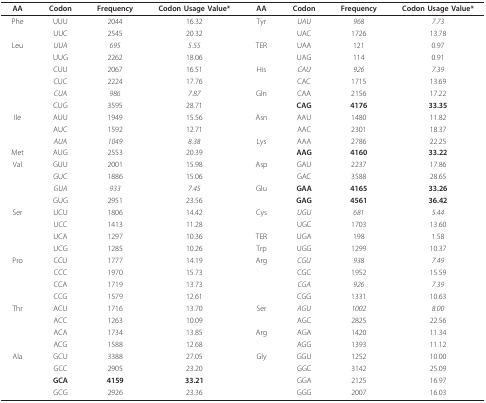
<table><thead><tr><td><b>AA</b></td><td><b>Codon</b></td><td><b>Frequency</b></td><td><b>Codon Usage Value*</b></td><td><b>AA</b></td><td><b>Codon</b></td><td><b>Frequency</b></td><td><b>Codon Usage Value*</b></td></tr></thead><tbody><tr><td>Phe</td><td>UUU</td><td>2044</td><td>16.32</td><td>Tyr</td><td><i>UAU</i></td><td><i>968</i></td><td><i>7.73</i></td></tr><tr><td></td><td>UUC</td><td>2545</td><td>20.32</td><td></td><td>UAC</td><td>1726</td><td>13.78</td></tr><tr><td>Leu</td><td><i>UUA</i></td><td><i>695</i></td><td><i>5.55</i></td><td>TER</td><td>UAA</td><td>121</td><td>0.97</td></tr><tr><td></td><td>UUG</td><td>2262</td><td>18.06</td><td></td><td>UAG</td><td>114</td><td>0.91</td></tr><tr><td></td><td>CUU</td><td>2067</td><td>16.51</td><td>His</td><td><i>CAU</i></td><td><i>926</i></td><td><i>7.39</i></td></tr><tr><td></td><td>CUC</td><td>2224</td><td>17.76</td><td></td><td>CAC</td><td>1715</td><td>13.69</td></tr><tr><td></td><td><i>CUA</i></td><td><i>986</i></td><td><i>7.87</i></td><td>Gln</td><td>CAA</td><td>2156</td><td>17.22</td></tr><tr><td></td><td>CUG</td><td>3595</td><td>28.71</td><td></td><td><b>CAG</b></td><td><b>4176</b></td><td><b>33.35</b></td></tr><tr><td>Ile</td><td>AUU</td><td>1949</td><td>15.56</td><td>Asn</td><td>AAU</td><td>1480</td><td>11.82</td></tr><tr><td></td><td>AUC</td><td>1592</td><td>12.71</td><td></td><td>AAC</td><td>2301</td><td>18.37</td></tr><tr><td></td><td><i>AUA</i></td><td><i>1049</i></td><td><i>8.38</i></td><td>Lys</td><td>AAA</td><td>2786</td><td>22.25</td></tr><tr><td>Met</td><td>AUG</td><td>2553</td><td>20.39</td><td></td><td><b>AAG</b></td><td><b>4160</b></td><td><b>33.22</b></td></tr><tr><td>Val</td><td>GUU</td><td>2001</td><td>15.98</td><td>Asp</td><td>GAU</td><td>2237</td><td>17.86</td></tr><tr><td></td><td>GUC</td><td>1886</td><td>15.06</td><td></td><td>GAC</td><td>3588</td><td>28.65</td></tr><tr><td></td><td><i>GUA</i></td><td><i>933</i></td><td><i>7.45</i></td><td>Glu</td><td><b>GAA</b></td><td><b>4165</b></td><td><b>33.26</b></td></tr><tr><td></td><td>GUG</td><td>2951</td><td>23.56</td><td></td><td><b>GAG</b></td><td><b>4561</b></td><td><b>36.42</b></td></tr><tr><td>Ser</td><td>UCU</td><td>1806</td><td>14.42</td><td>Cys</td><td><i>UGU</i></td><td><i>681</i></td><td><i>5.44</i></td></tr><tr><td></td><td>UCC</td><td>1413</td><td>11.28</td><td></td><td>UGC</td><td>1703</td><td>13.60</td></tr><tr><td></td><td>UCA</td><td>1297</td><td>10.36</td><td>TER</td><td>UGA</td><td>198</td><td>1.58</td></tr><tr><td></td><td>UCG</td><td>1285</td><td>10.26</td><td>Trp</td><td>UGG</td><td>1299</td><td>10.37</td></tr><tr><td>Pro</td><td>CCU</td><td>1777</td><td>14.19</td><td>Arg</td><td><i>CGU</i></td><td><i>938</i></td><td><i>7.49</i></td></tr><tr><td></td><td>CCC</td><td>1970</td><td>15.73</td><td></td><td>CGC</td><td>1952</td><td>15.59</td></tr><tr><td></td><td>CCA</td><td>1719</td><td>13.73</td><td></td><td><i>CGA</i></td><td><i>926</i></td><td><i>7.39</i></td></tr><tr><td></td><td>CCG</td><td>1579</td><td>12.61</td><td></td><td>CGG</td><td>1331</td><td>10.63</td></tr><tr><td>Thr</td><td>ACU</td><td>1716</td><td>13.70</td><td>Ser</td><td><i>AGU</i></td><td><i>1002</i></td><td><i>8.00</i></td></tr><tr><td></td><td>ACC</td><td>1263</td><td>10.09</td><td></td><td>AGC</td><td>2825</td><td>22.56</td></tr><tr><td></td><td>ACA</td><td>1734</td><td>13.85</td><td>Arg</td><td>AGA</td><td>1420</td><td>11.34</td></tr><tr><td></td><td>ACG</td><td>1588</td><td>12.68</td><td></td><td>AGG</td><td>1393</td><td>11.12</td></tr><tr><td>Ala</td><td>GCU</td><td>3388</td><td>27.05</td><td>Gly</td><td>GGU</td><td>1252</td><td>10.00</td></tr><tr><td></td><td>GCC</td><td>2905</td><td>23.20</td><td></td><td>GGC</td><td>3142</td><td>25.09</td></tr><tr><td></td><td><b>GCA</b></td><td><b>4159</b></td><td><b>33.21</b></td><td></td><td>GGA</td><td>2125</td><td>16.97</td></tr><tr><td></td><td>GCG</td><td>2926</td><td>23.36</td><td></td><td>GGG</td><td>2007</td><td>16.03</td></tr></tbody></table>